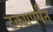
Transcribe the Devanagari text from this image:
टक्यापर्यंत